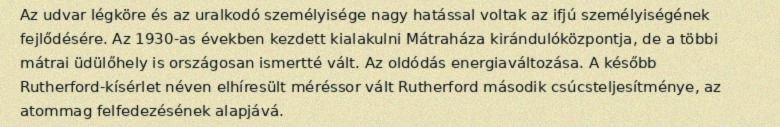
Az udvar légköre és az uralkodó személyisége nagy hatással voltak az ifjú személyiségének fejlődésére. Az 1930-as években kezdett kialakulni Mátraháza kirándulóközpontja, de a többi mátrai üdülőhely is országosan ismertté vált. Az oldódás energiaváltozása. A később Rutherford-kísérlet néven elhíresült méréssor vált Rutherford második csúcsteljesítménye, az atommag felfedezésének alapjává.